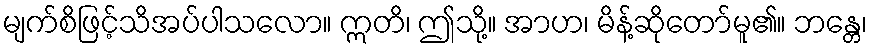
မျက်စိဖြင့်သိအပ်ပါသလော။ ဣတိ၊ ဤသို့။ အာဟ၊ မိန့်ဆိုတော်မူ၏။ ဘန္တေ၊